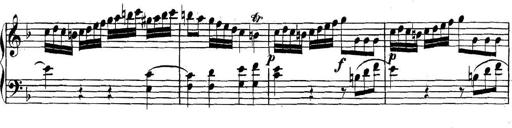
Title: Collected Piano Sonatas
Composer: Muzio Clementi